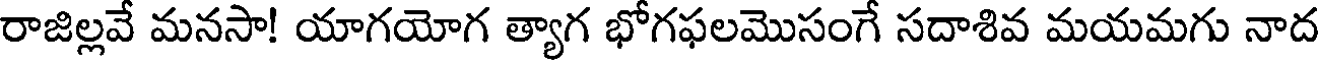
రాజిల్లవే మనసా! యాగయోగ త్యాగ భోగఫలమొసంగే సదాశివ మయమగు నాద